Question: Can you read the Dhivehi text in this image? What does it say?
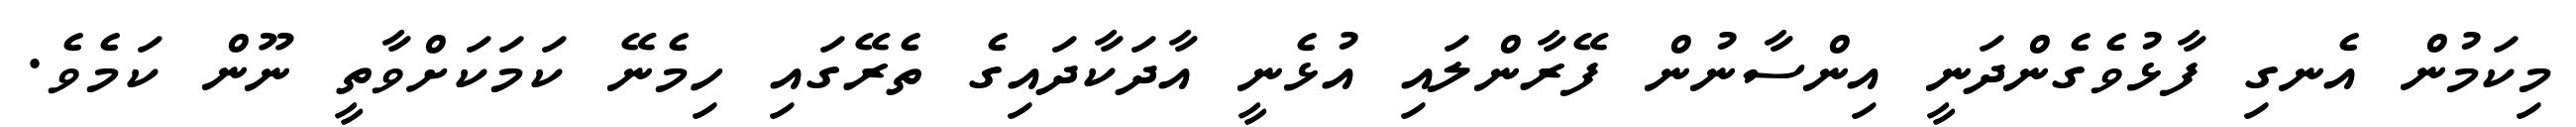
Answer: މިކަމުން އެނގި ފާޅުވެގެންދަނީ އިންސާނުން ފޭރާންލައި އުޅެނީ އާދަކާދައިގެ ތެރޭގައި ހިމެނޭ ކަމަކަށްވާތީ ނޫން ކަމެވެ.